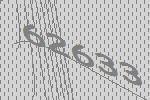
62633